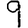
Digit: 9